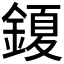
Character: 𮢩